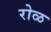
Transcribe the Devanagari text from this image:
रोळ